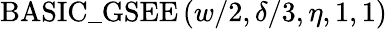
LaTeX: \mathrm{BASIC\_ GSEE}\left(w/2,\delta/3,\eta,1,1\right)